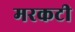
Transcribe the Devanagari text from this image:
मरकटी